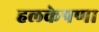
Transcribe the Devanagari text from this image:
हलकेपणा